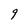
Character: g